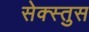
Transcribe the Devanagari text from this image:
सेक्स्तुस